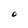
Character: O